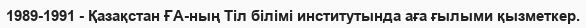
1989-1991 - Қазақстан ҒА-ның Тіл білімі институтында аға ғылыми қызметкер.